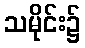
သမိုင်း၌